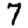
Digit: 7